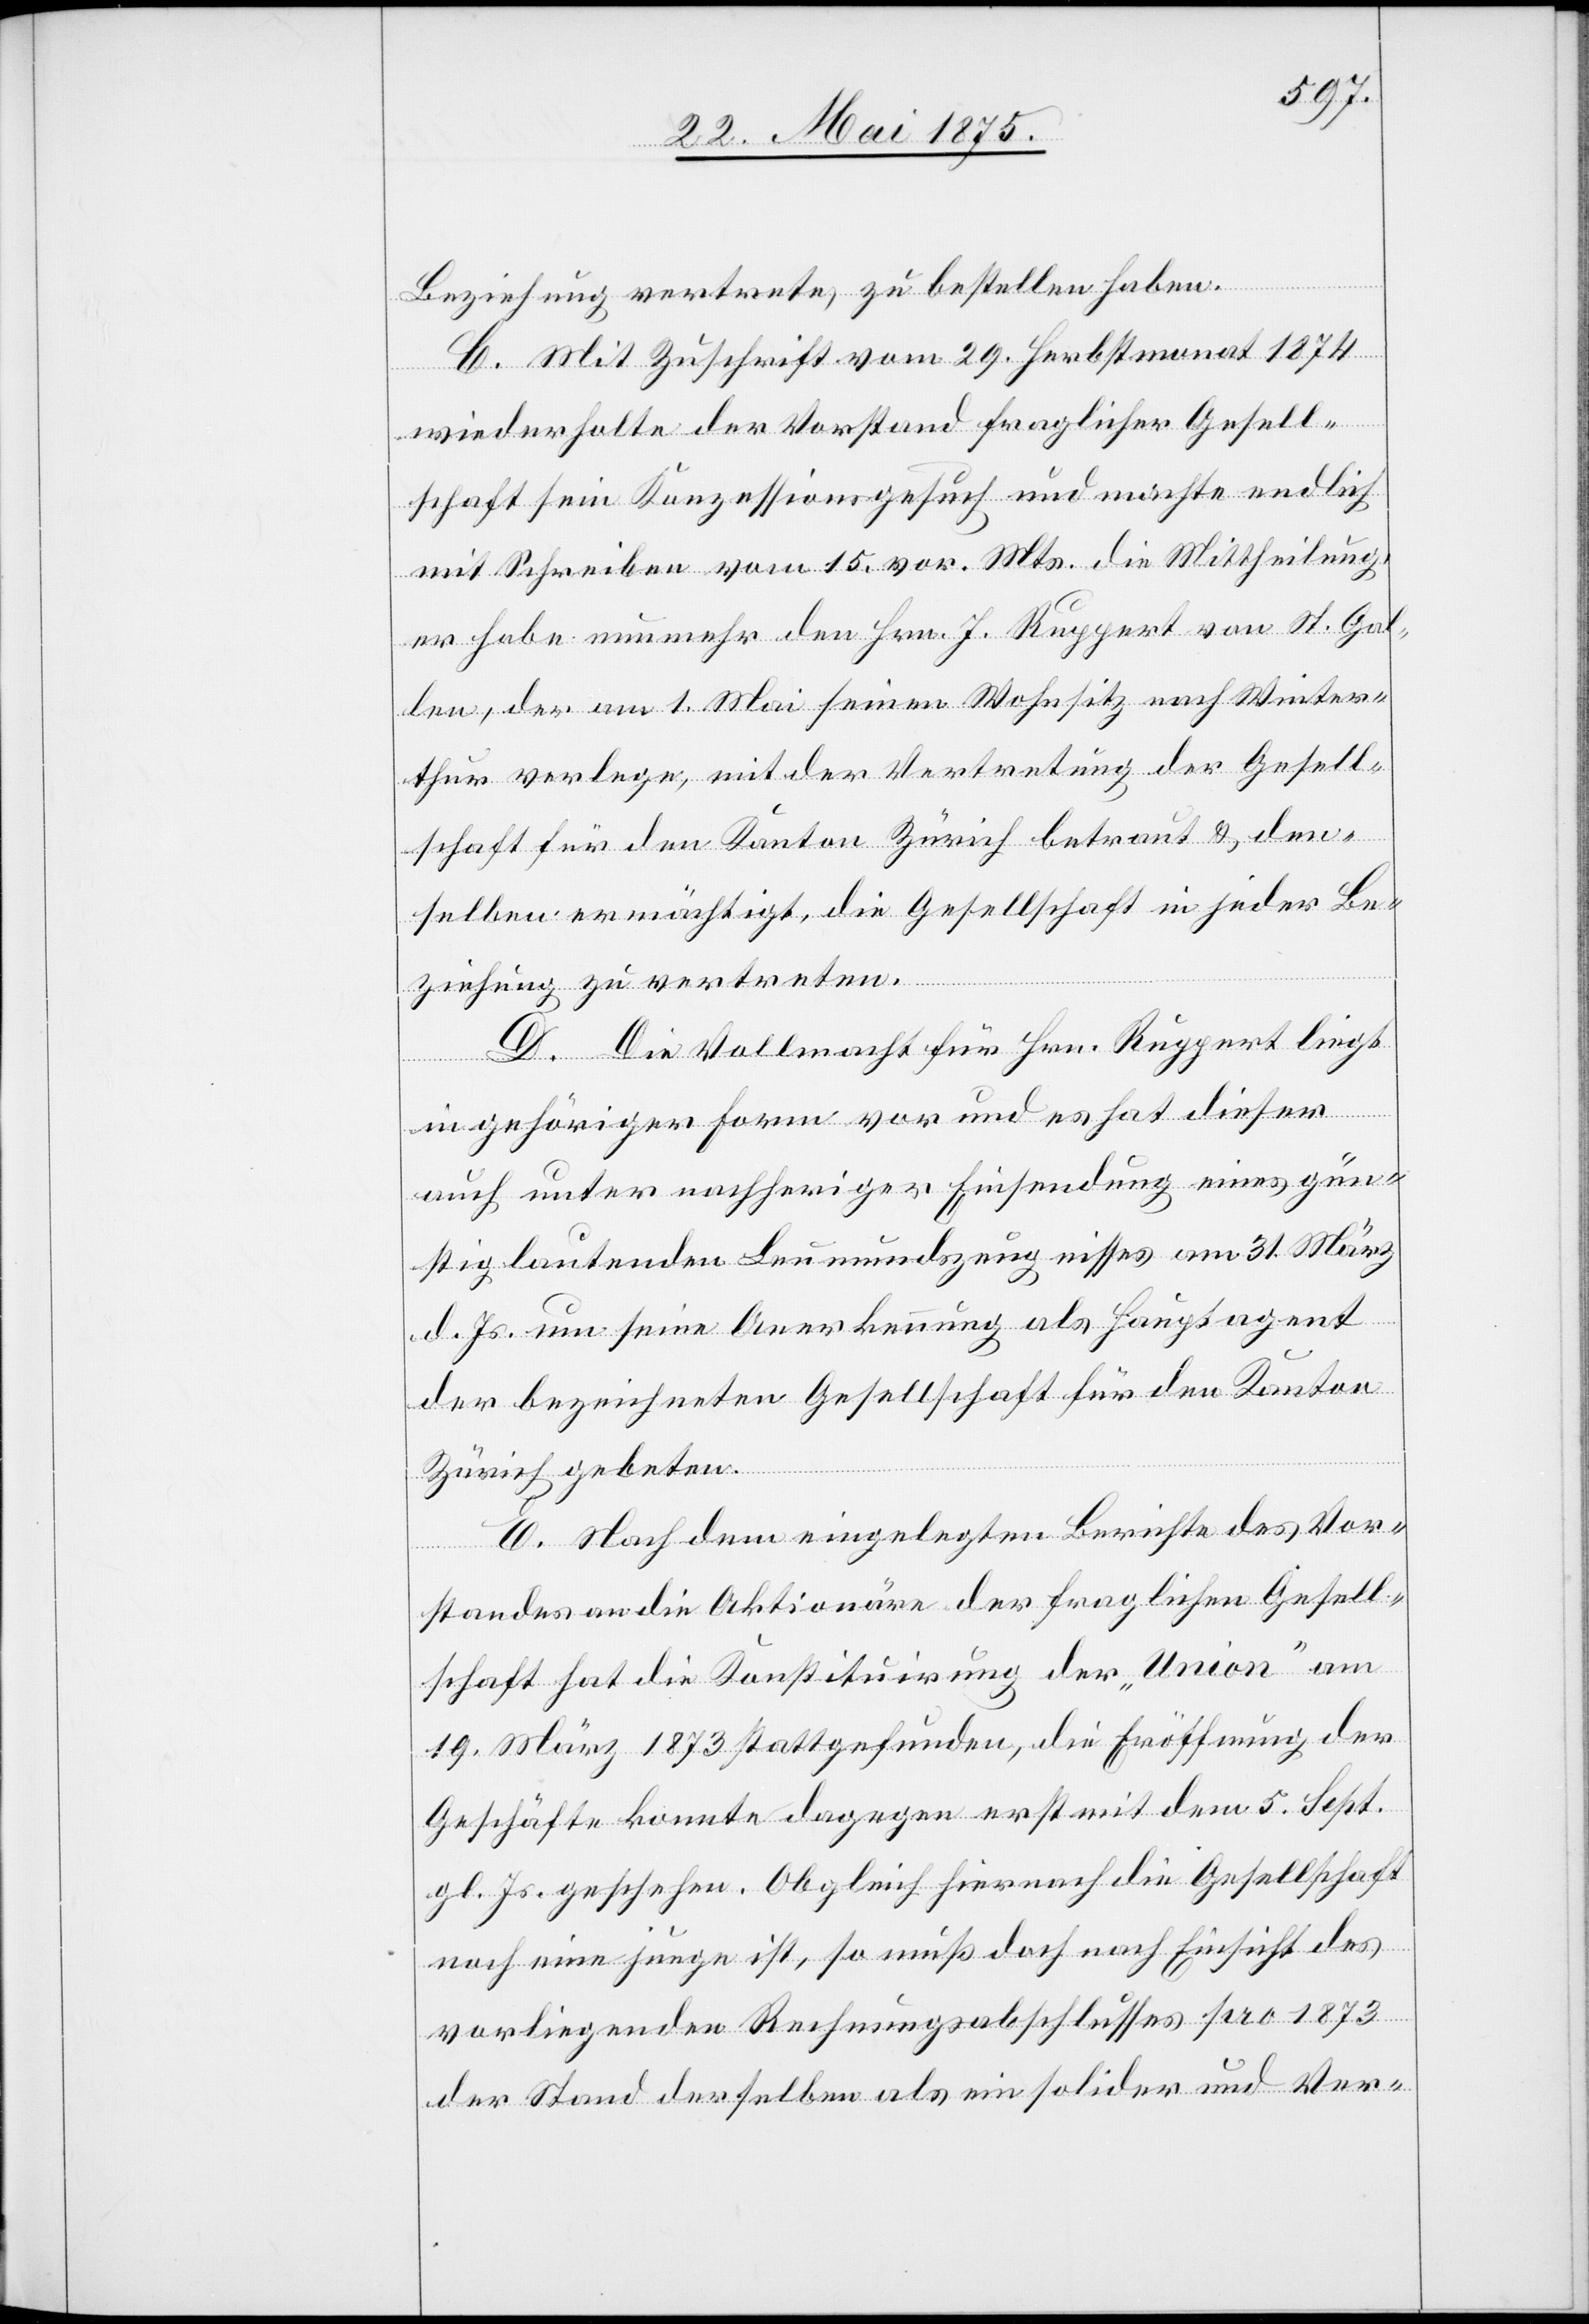
Beziehung vertrete, zu bestellen haben.
C. Mit Zuschrift vom 29. Herbstmonat 1874
wiederholte der Vorstand fraglicher Gesell¬
schaft sein Konzessionirungsgesuch und machte endlich
mit Schreiben vom 15. vor. Mts. die Mittheilung,
es habe nunmehr den Hrn. J. Ruppert von St. Gal¬
len, der am 1. Mai seinen Wohnsitz nach Winter¬
thur verlege, mit der Vertretung der Gesell¬
schaft für den Kanton Zürich betraut & den¬
selben ermächtigt, die Gesellschaft in jeder Be¬
ziehung zu vertreten.
D. Die Vollmacht für Hrn. Ruppert liegt
in gehöriger Form vor und es hat dieser
auch unter nachheriger Einsendung eines gün¬
stig lautenden Leumundszeugnisses am 31. März
d. Js. um seine Anerkennung als Hauptagent
der bezeichneten Gesellschaft für den Kanton
Zürich gebeten.
E. Nach dem eingelegten Berichte des Vor¬
standes an die Aktionäre der fraglichen Gesell¬
schaft hat die Konstituirung der „Union“ am
19. März 1873 stattgefunden, die Eröffnung der
Geschäfte konnte dagegen erst mit dem 5. Sept.
gl. Js. geschehen. Obgleich hierauf die Gesellschaft
noch eine junge ist, so muß doch nach Einsicht des
vorliegenden Rechnungsabschlusses pro 1873
der Stand derselben als ein solider und Ver-